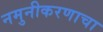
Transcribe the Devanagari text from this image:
नमुनीकरणाचा